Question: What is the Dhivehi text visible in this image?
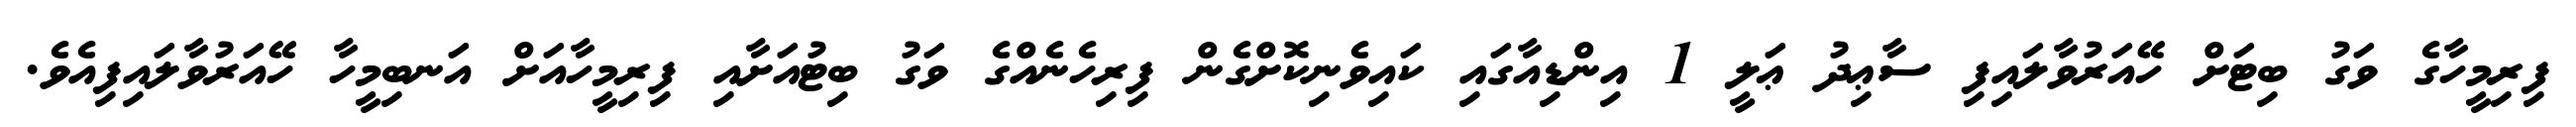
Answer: ފިރިމީހާގެ ވަގު ބިޓަށް ހޭއަރުވާލައިފި ސާޢިދު ޢަލީ 1 އިންޑިއާގައި ކައިވެނިކޮށްގެން ފިރިހެނެއްގެ ވަގު ބިޓުއަށާއި ފިރިމީހާއަށް އަނބިމީހާ ހޭއަރުވާލައިފިއެވެ.